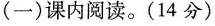
(一)课内阅读。(14分)